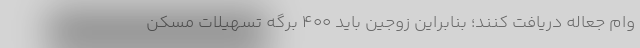
وام جعاله دریافت کنند؛ بنابراین زوجین باید ۴۰۰ برگه تسهیلات مسکن